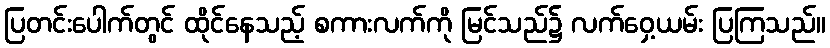
ပြတင်းပေါက်တွင် ထိုင်နေသည့် စကားလက်ကို မြင်သည်၌ လက်ဝှေ့ယမ်း ပြကြသည်။